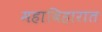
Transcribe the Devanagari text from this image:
महाविहारात